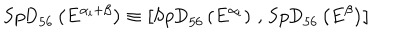
\mathrm { S p D } _ { 5 6 } \left( E ^ { \alpha _ { i } + \beta } \right) \equiv \left[ \mathrm { S p D } _ { 5 6 } \left( E ^ { \alpha _ { i } } \right) \, , \, \mathrm { S p D } _ { 5 6 } \left( E ^ { \beta } \right) \right]